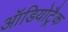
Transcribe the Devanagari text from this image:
ऑडियोट्रैक